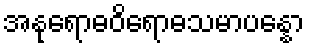
အနုရောဓဝိရောဓသမာပန္နော